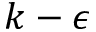
k - \epsilon